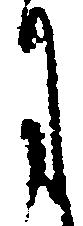
月